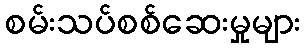
စမ်းသပ်စစ်ဆေးမှုများ